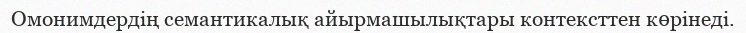
Омонимдердің семантикалық айырмашылықтары контексттен көрінеді.